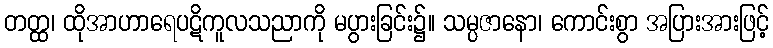
တတ္ထ၊ ထိုအာဟာရေပဋိကူလသညာကို မပွားခြင်း၌။ သမ္ပဇာနော၊ ကောင်းစွာ အပြားအားဖြင့်